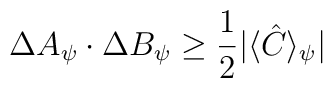
\Delta A_\psi\cdot\Delta B_\psi\geq\frac{1}{2}|\langle\hat{C}\rangle_\psi|